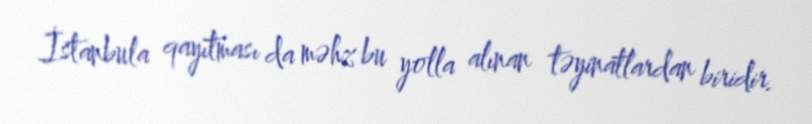
İstanbula qayıtması da məhz bu yolla alınan təyinatlardan biridir.